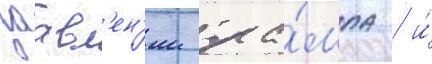
заавл'ен'ии тра́мпа / и́